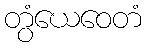
တွံယေဝေတံ